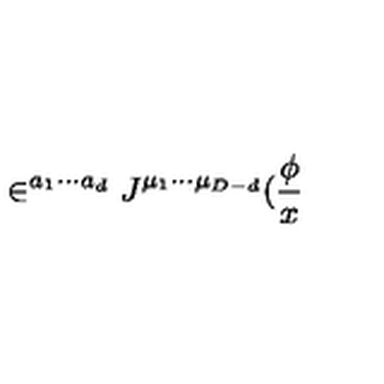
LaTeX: \in ^ { a _ { 1 } \cdots a _ { d } } J ^ { \mu _ { 1 } \cdots \mu _ { D - d } } ( \frac \phi x